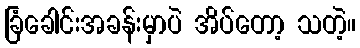
ခြံခေါင်းအခန်းမှာပဲ အိပ်တော့ သတဲ့။